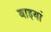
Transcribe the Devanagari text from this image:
बाइयां